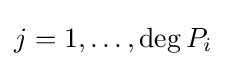
j=1,\ldots ,\deg P_{i}